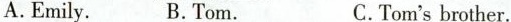
A.Emily. B.Tom. C.Tom'sbrother.